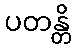
ပတန္တိ